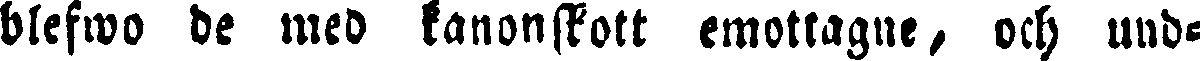
blefwo de med kanonskott emottagne, och und-